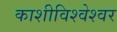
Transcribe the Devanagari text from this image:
काशीविश्‍वेश्‍वर